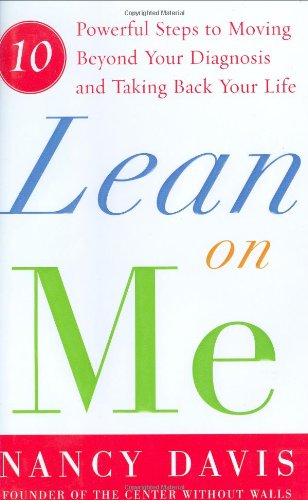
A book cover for Lean on Me: Ten Powerful Steps to Moving Beyond Your Diagnosis and Taking Back Your Life; Nancy Davis; Health, Fitness & Dieting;